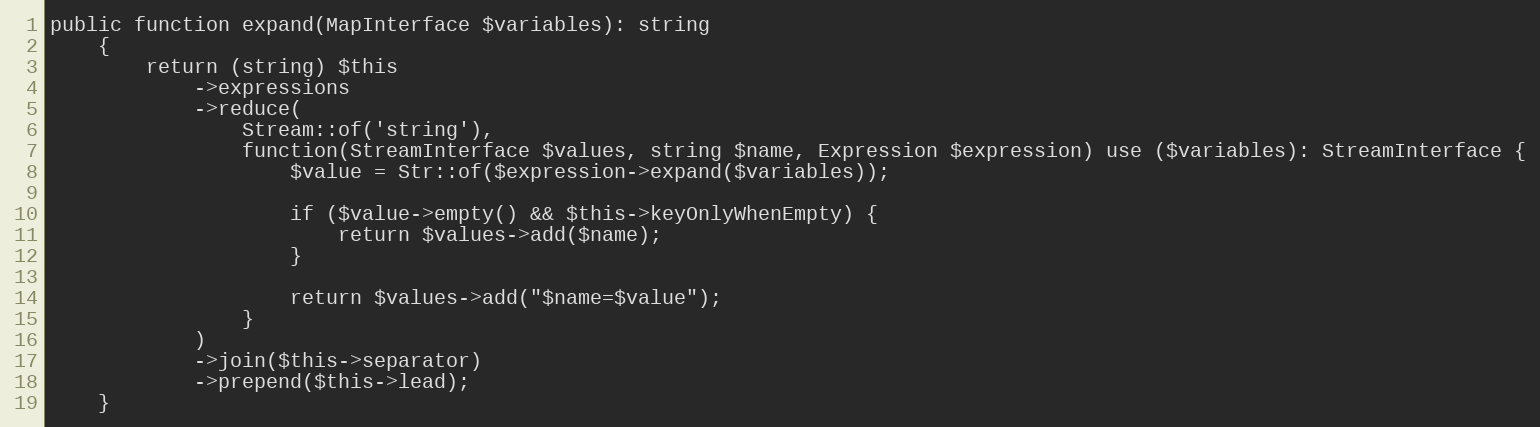
Language: PHP
public function expand(MapInterface $variables): string
    {
        return (string) $this
            ->expressions
            ->reduce(
                Stream::of('string'),
                function(StreamInterface $values, string $name, Expression $expression) use ($variables): StreamInterface {
                    $value = Str::of($expression->expand($variables));

                    if ($value->empty() && $this->keyOnlyWhenEmpty) {
                        return $values->add($name);
                    }

                    return $values->add("$name=$value");
                }
            )
            ->join($this->separator)
            ->prepend($this->lead);
    }